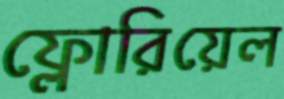
ফ্লোরিয়েল